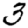
Digit: 3